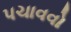
પચાવવો